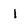
Character: l